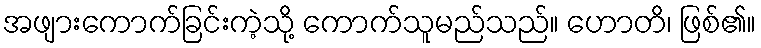
အဖျားကောက်ခြင်းကဲ့သို့ ကောက်သူမည်သည်။ ဟောတိ၊ ဖြစ်၏။